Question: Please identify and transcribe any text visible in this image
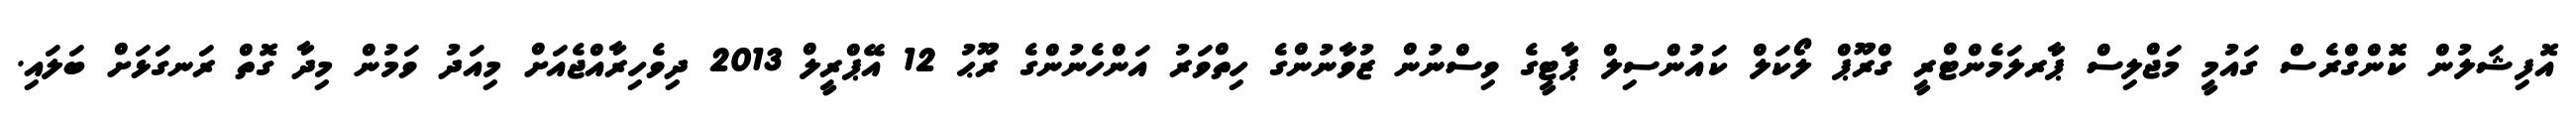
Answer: އޮފިޝަލުން ކޮންގްރެސް ގައުމީ މަޖްލިސް ޕާރލަމެންޓްރީ ގްރޫޕް ލޯކަލް ކައުންސިލް ޕާޓީގެ ވިސްނުން ޒުވާނުންގެ ހިތްވަރު އަންހެނުންގެ ރޫޙު 12 އޭޕްރީލް 2013 ދިވެހިރާއްޖެއަށް މިއަދު ވަމުން މިދާ ގޮތް ރަނގަޅަށް ބަލައި.